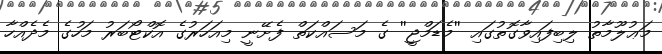
މަޢުލޫމާތު ލިބިފައިވާގޮތުގައި ''މެޑަމްޖީ'' ގެ މަސައްކަތް ފެށޭނީ މިއަހަރުގެ އޮކްޓޯބަރު މަހުގެ މެދެއްހާ